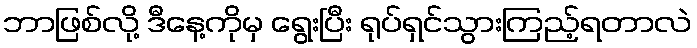
ဘာဖြစ်လို့ ဒီနေ့ကိုမှ ရွေးပြီး ရုပ်ရှင်သွားကြည့်ရတာလဲ